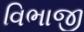
વિભાજી